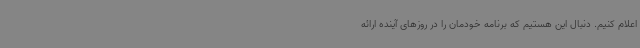
اعلام کنیم. دنبال این هستیم که برنامه خودمان را در روزهای آینده ارائه